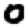
Digit: 0